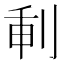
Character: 𠜕